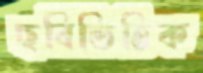
ছবিভিত্তিক